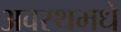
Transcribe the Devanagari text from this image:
अवस्थमधे